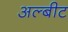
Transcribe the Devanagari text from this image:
अल्बीट